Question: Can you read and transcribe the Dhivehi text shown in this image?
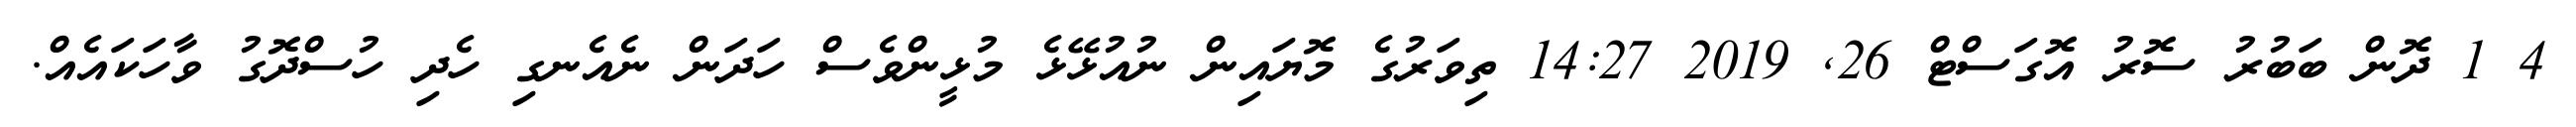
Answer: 4 1 ދޮން ބަބުރު ސޮރު އޮގަސްޓް 26, 2019 14:27 ތިވަރުގެ މޮޔައިން ނުއުޅޭޅެ މުޅީންވެސް ހަދަން ނެއެނގި ހެދި ހުސްދޮގު ވާހަކައެއް.